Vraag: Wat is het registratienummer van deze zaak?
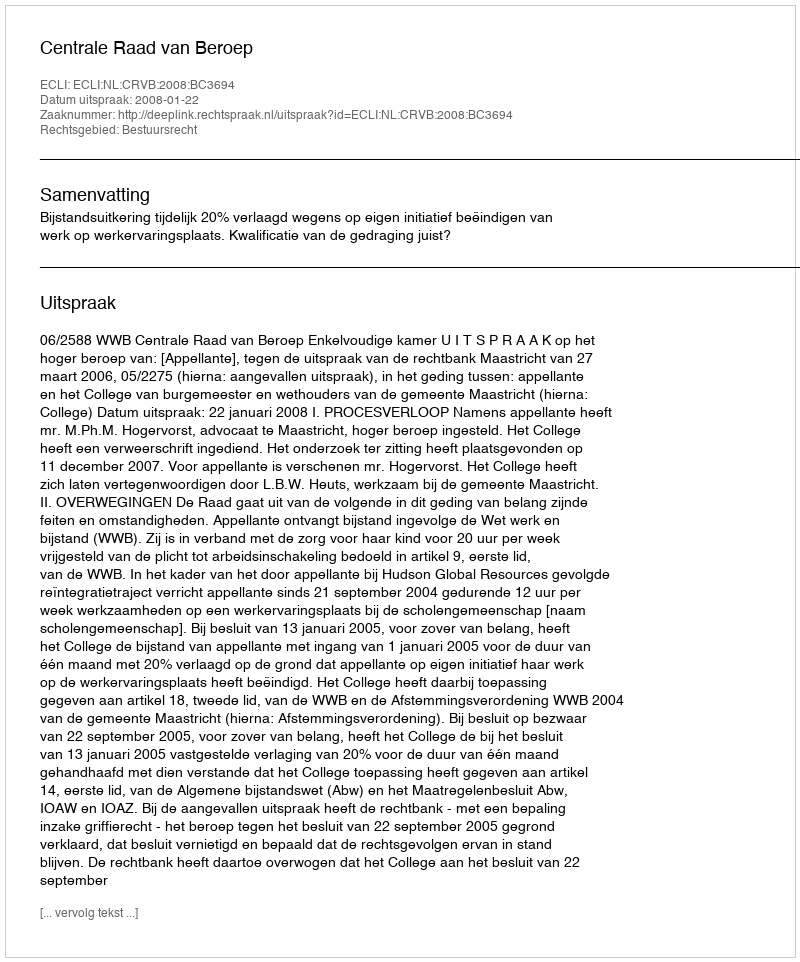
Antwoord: http://deeplink.rechtspraak.nl/uitspraak?id=ECLI:NL:CRVB:2008:BC3694